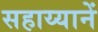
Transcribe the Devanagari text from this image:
सहाय्यानें